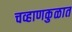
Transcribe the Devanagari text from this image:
चव्हाणकुळात